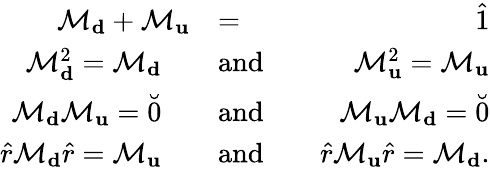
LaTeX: \begin{array}{rlr}{\mathcal{M}_{\mathbf d}+\mathcal{M}_{\mathbf u}}&{=}&{\hat{1}}\\ {\mathcal{M}_{\mathbf d}^{2}=\mathcal{M}_{\mathbf d}\quad}&{\mathrm{and}}&{\quad\mathcal{M}_{\mathbf u}^{2}=\mathcal{M}_{\mathbf u}}\\ {\mathcal{M}_{\mathbf d}\mathcal{M}_{\mathbf u}=\breve{0}\quad}&{\mathrm{and}}&{\quad\mathcal{M}_{\mathbf u}\mathcal{M}_{\mathbf d}=\breve{0}}\\ {\hat{r}\mathcal{M}_{\mathbf d}\hat{r}=\mathcal{M}_{\mathbf u}\quad}&{\mathrm{and}}&{\quad\hat{r}\mathcal{M}_{\mathbf u}\hat{r}=\mathcal{M}_{\mathbf d}.}\end{array}